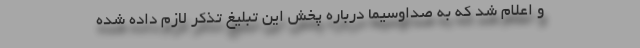
و اعلام شد که به صداوسیما درباره پخش این تبلیغ تذکر لازم داده شده